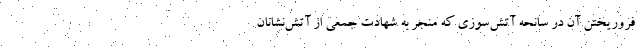
فروریختن آن در سانحه آتش‌سوزی که منجر به شهادت جمعی از آتش‌نشانان